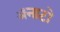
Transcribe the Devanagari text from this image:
ॲनाटो